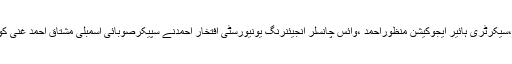
ایبٹ آباد کے لڑکوں اور لڑکیوںکے مختلف کالجز کے پرنسپل صاحبان ،سیکرٹری ہائیر ایجوکیشن منظوراحمد ،وائس چانسلر انجیئنرنگ یونیورسٹی افتخار احمدنے سپیکرصوبائی اسمبلی مشتاق احمد غنی کو تعلیمی اداروں کودرپیش مسائل اوران کے حل کیلئے تجاویز پیش کیں ۔